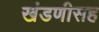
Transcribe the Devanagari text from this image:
खंडणीसह